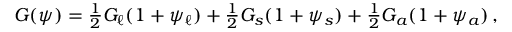
\begin{array} { r } { G ( \psi ) = \frac 1 2 G _ { \ell } ( 1 + \psi _ { \ell } ) + \frac 1 2 G _ { s } ( 1 + \psi _ { s } ) + \frac 1 2 G _ { a } ( 1 + \psi _ { a } ) \, , } \end{array}